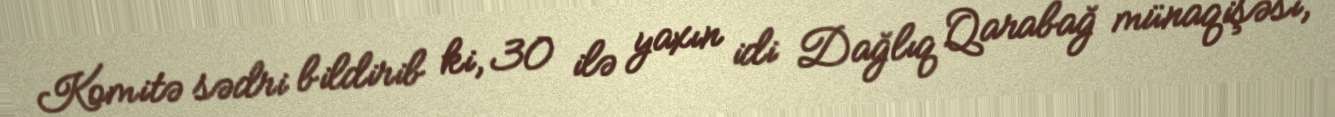
Komitə sədri bildirib ki, 30 ilə yaxın idi Dağlıq Qarabağ münaqişəsi,